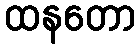
ထနတော